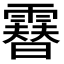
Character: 𩅮